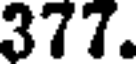
377.